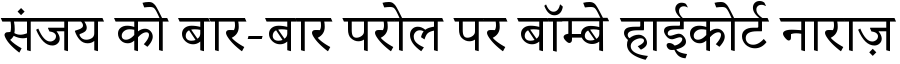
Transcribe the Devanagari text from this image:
संजय को बार-बार परोल पर बॉम्बे हाईकोर्ट नाराज़